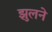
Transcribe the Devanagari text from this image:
झुलने